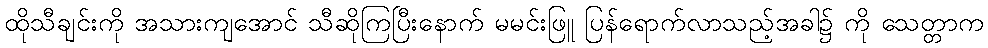
ထိုသီချင်းကို အသားကျအောင် သီဆိုကြပြီးနောက် မမင်းဖြူ ပြန်ရောက်လာသည့်အခါ၌ ကို သေတ္တာက